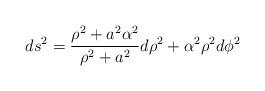
LaTeX: \begin{align*}ds^2={{\rho^2 +a^2\alpha^2} \over {\rho^2+a^2}} d\rho^2 +\alpha^2\rho^2 d\phi^2\end{align*}